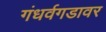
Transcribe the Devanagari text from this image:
गंधर्वगडावर